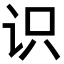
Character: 识